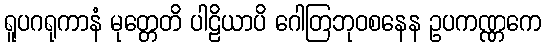
ရူပဂရုကာနံ မုတ္တေတိ ပါဠိယာပိ ဂေါတြဘုဝစနေန ဥပကဏ္ဏကေ